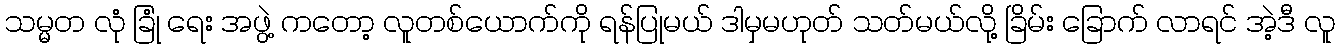
သမ္မတ လုံ ခြုံ ရေး အဖွဲ့ ကတော့ လူတစ်ယောက်ကို ရန်ပြုမယ် ဒါမှမဟုတ် သတ်မယ်လို့ ခြိမ်း ခြောက် လာရင် အဲ့ဒီ လူ